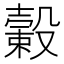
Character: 𣫎